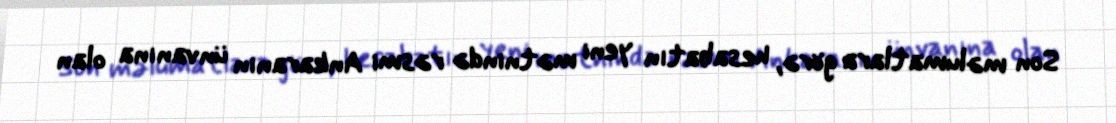
Son məlumatlara görə, hesabatın yeni mətnində rəsmi Ankaranın ünvanına olan